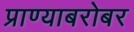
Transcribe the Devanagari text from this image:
प्राण्याबरोबर